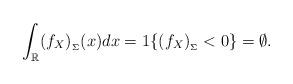
LaTeX: \begin{align*}\int_\mathbb{R}(f_X)_{_\Sigma}(x)dx = 1 \{(f_X)_{_\Sigma}<0\} = \emptyset.\end{align*}